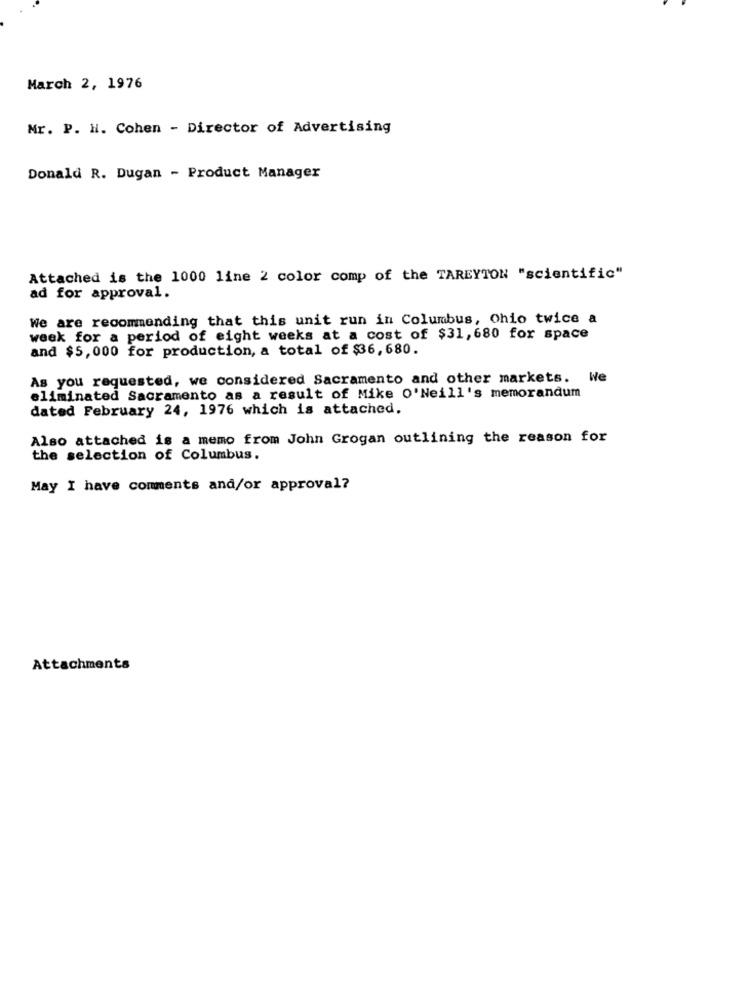
March 2, 1976
Mr. P. H. Cohen - Director of Advertising
Donald R. Dugan - Product Manager
Attached is the 1000 line 2 color comp of the TAREYTON "scientific"
ad for approval.
We are recommending that this unit run in Columbus, Ohio twice a
week for a period of eight weeks at a cost of $31,680 for space
and $5,000 for production, a total of $36, 680.
As you requested, we considered Sacramento and other markets. We
eliminated Sacramento as a result of Mike O'Neill's memorandum
dated February 24, 1976 which is attached.
Also attached is a memo from John Grogan outlining the reason for
the selection of Columbus.
May I have comments and/or approval?
Attachments